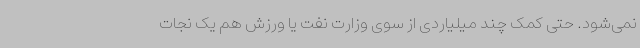
نمی‌شود. حتی کمک چند میلیاردی از سوی وزارت نفت یا ورزش هم یک نجات